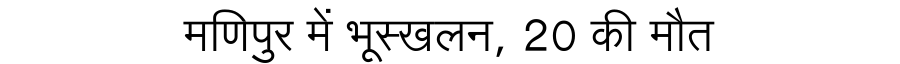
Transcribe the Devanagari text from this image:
मणिपुर में भूस्खलन, 20 की मौत